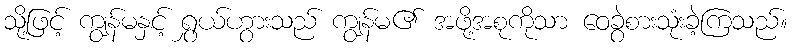
သို့ဖြင့် ကျွန်မနှင့် ရွှယ်ဟွားသည် ကျွန်မ၏ အဖို့အစုကိုသာ ဝေခွဲစားသုံးခဲ့ကြသည်။